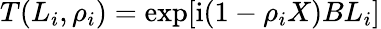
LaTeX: T(L_{i},\rho_{i})=\exp[\mathrm{i}(1-\rho_{i}X)BL_{i}]